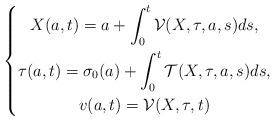
LaTeX: \begin{align*}\left \{ \begin{gathered}X(a,t) = a + \int_0 ^t \mathcal{V} (X,\tau, a,s) ds, \\\tau(a,t) = \sigma_0 (a) + \int_0 ^t \mathcal{T} (X, \tau,a,s) ds , \\v(a,t) = \mathcal{V} (X, \tau, t)\end{gathered} \right. \end{align*}